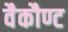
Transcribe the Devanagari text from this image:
वैकौण्ट